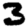
Digit: 3